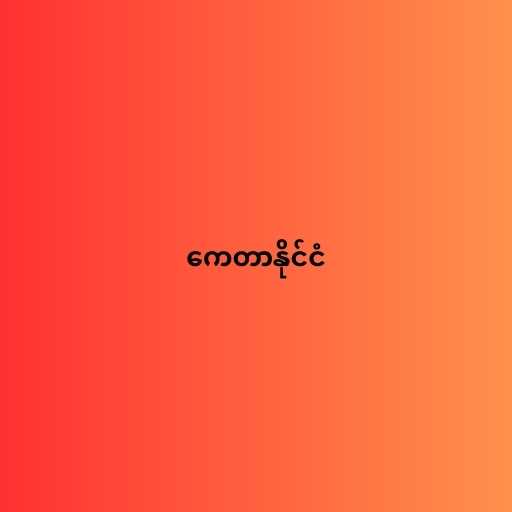
ကေတာနိုင်ငံ